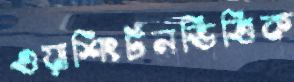
ওয়াশিংটনভিত্তিক